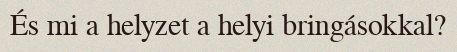
És mi a helyzet a helyi bringásokkal?